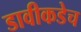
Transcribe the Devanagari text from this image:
डावीकडेच